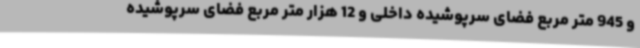
و 945 متر مربع فضای سرپوشیده داخلی و 12 هزار متر مربع فضای سرپوشیده